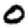
Digit: 0